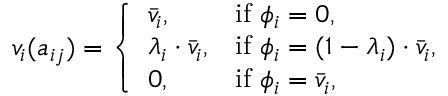
v _ { i } ( a _ { i j } ) = \left\{ \begin{array} { l l } { \bar { v } _ { i } , } & { \mathrm { i f ~ } \phi _ { i } = 0 , } \\ { \lambda _ { i } \cdot \bar { v } _ { i } , } & { \mathrm { i f ~ } \phi _ { i } = ( 1 - \lambda _ { i } ) \cdot \bar { v } _ { i } , } \\ { 0 , } & { \mathrm { i f ~ } \phi _ { i } = \bar { v } _ { i } , } \end{array} \right.